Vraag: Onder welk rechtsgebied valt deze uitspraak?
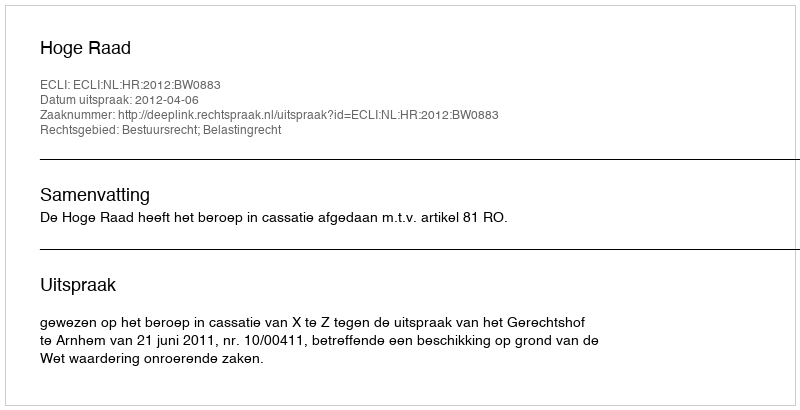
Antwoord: Bestuursrecht; Belastingrecht